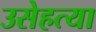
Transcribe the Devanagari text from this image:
उसेहत्या